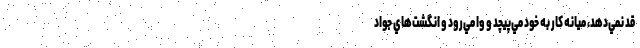
قد نمي‌دهد، ميانه كار به خود مي‌پيچد و وا مي‌رود و انگشت‌هاي جواد